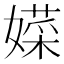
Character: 𱙮